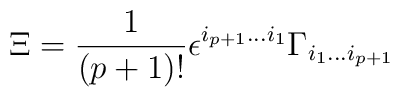
\Xi = {1\over (p+1)!}\epsilon^{i_{p+1}\dots i_1}\Gamma_{i_1\dots i_{p+1}}